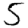
Digit: 5